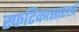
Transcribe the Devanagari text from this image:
स्फटिकासारखे